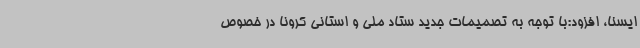
ایسنا، افزود:با توجه به تصمیمات جدید ستاد ملی و استانی کرونا در خصوص